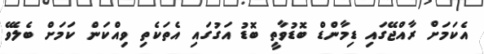
އެކަމަށް ރާއްޖޭގައި ޑިމާންޑް ބޮޑުވާތީ ބޮޑު އަގުގައި އެތަކެތި ވިއްކަން ކަމަށް ބެލެވޭ